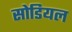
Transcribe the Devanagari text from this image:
सोडियल